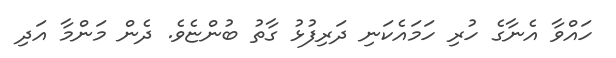
ހައްވާ އެނާގެ ހުރި ހަމައެކަނި ދަރިފުޅު ގާތު ބުންޏެވެ. ދެން މަންމާ އަދި